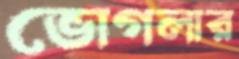
ভোগলার